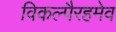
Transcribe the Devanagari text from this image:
विकल्पैरहमेव